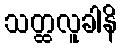
သတ္ထလူခါနိ